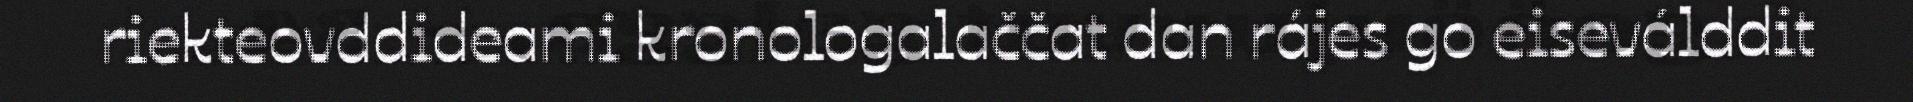
riekteovddideami kronologalaččat dan rájes go eiseválddit